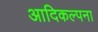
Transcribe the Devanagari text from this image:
आदिकल्पना